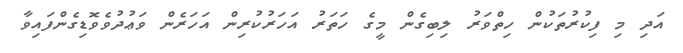
އަދި މި ފިކުރުތަކުން ހިތްވަރު ލިބިގެން މީގެ ހަތަރު އަހަރުކުރިން އަހަރެން ވަޢުދުވެވޮޑިގެންފައިވާ